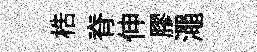
梏脊伸膠澠